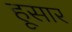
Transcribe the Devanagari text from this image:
हूसार